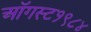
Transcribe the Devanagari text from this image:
ऑगस्ट१९८४